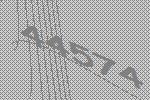
44574